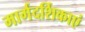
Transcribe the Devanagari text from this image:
मार्गदर्शिकाएं